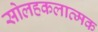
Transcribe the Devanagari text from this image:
सोलहकलात्मक